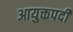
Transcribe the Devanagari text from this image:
आयुक्तपदी